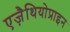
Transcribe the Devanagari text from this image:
एज़ैथियोप्राइन